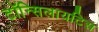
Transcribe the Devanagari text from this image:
टॉन्सिलायटिस